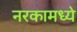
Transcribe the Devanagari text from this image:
नरकामध्ये